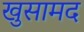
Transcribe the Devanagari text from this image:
खुसामद